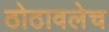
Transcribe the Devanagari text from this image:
ठोठावलेच